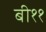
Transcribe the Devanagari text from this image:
बी११